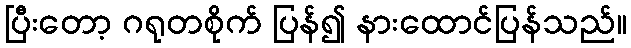
ပြီးတော့ ဂရုတစိုက် ပြန်၍ နားထောင်ပြန်သည်။